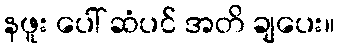
နဖူး ပေါ် ဆံပင် အတိ ချပေး။